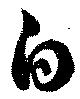
白